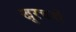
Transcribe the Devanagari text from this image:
खुरचनों